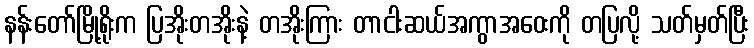
နန်းတော်မြို့ရိုးက ပြအိုးတအိုးနဲ့ တအိုးကြား တာငါးဆယ်အကွာအဝေးကို တပြလို့ သတ်မှတ်ပြီး